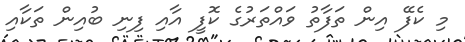
މި ކެފޭ އިން ތަފާތު ވައްތަރުގެ ކޮފީ އާއި ފިނި ބުއިން ތަކާއި